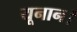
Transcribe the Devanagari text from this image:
यूनान।